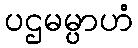
ပဌမမ္ပာဟံ